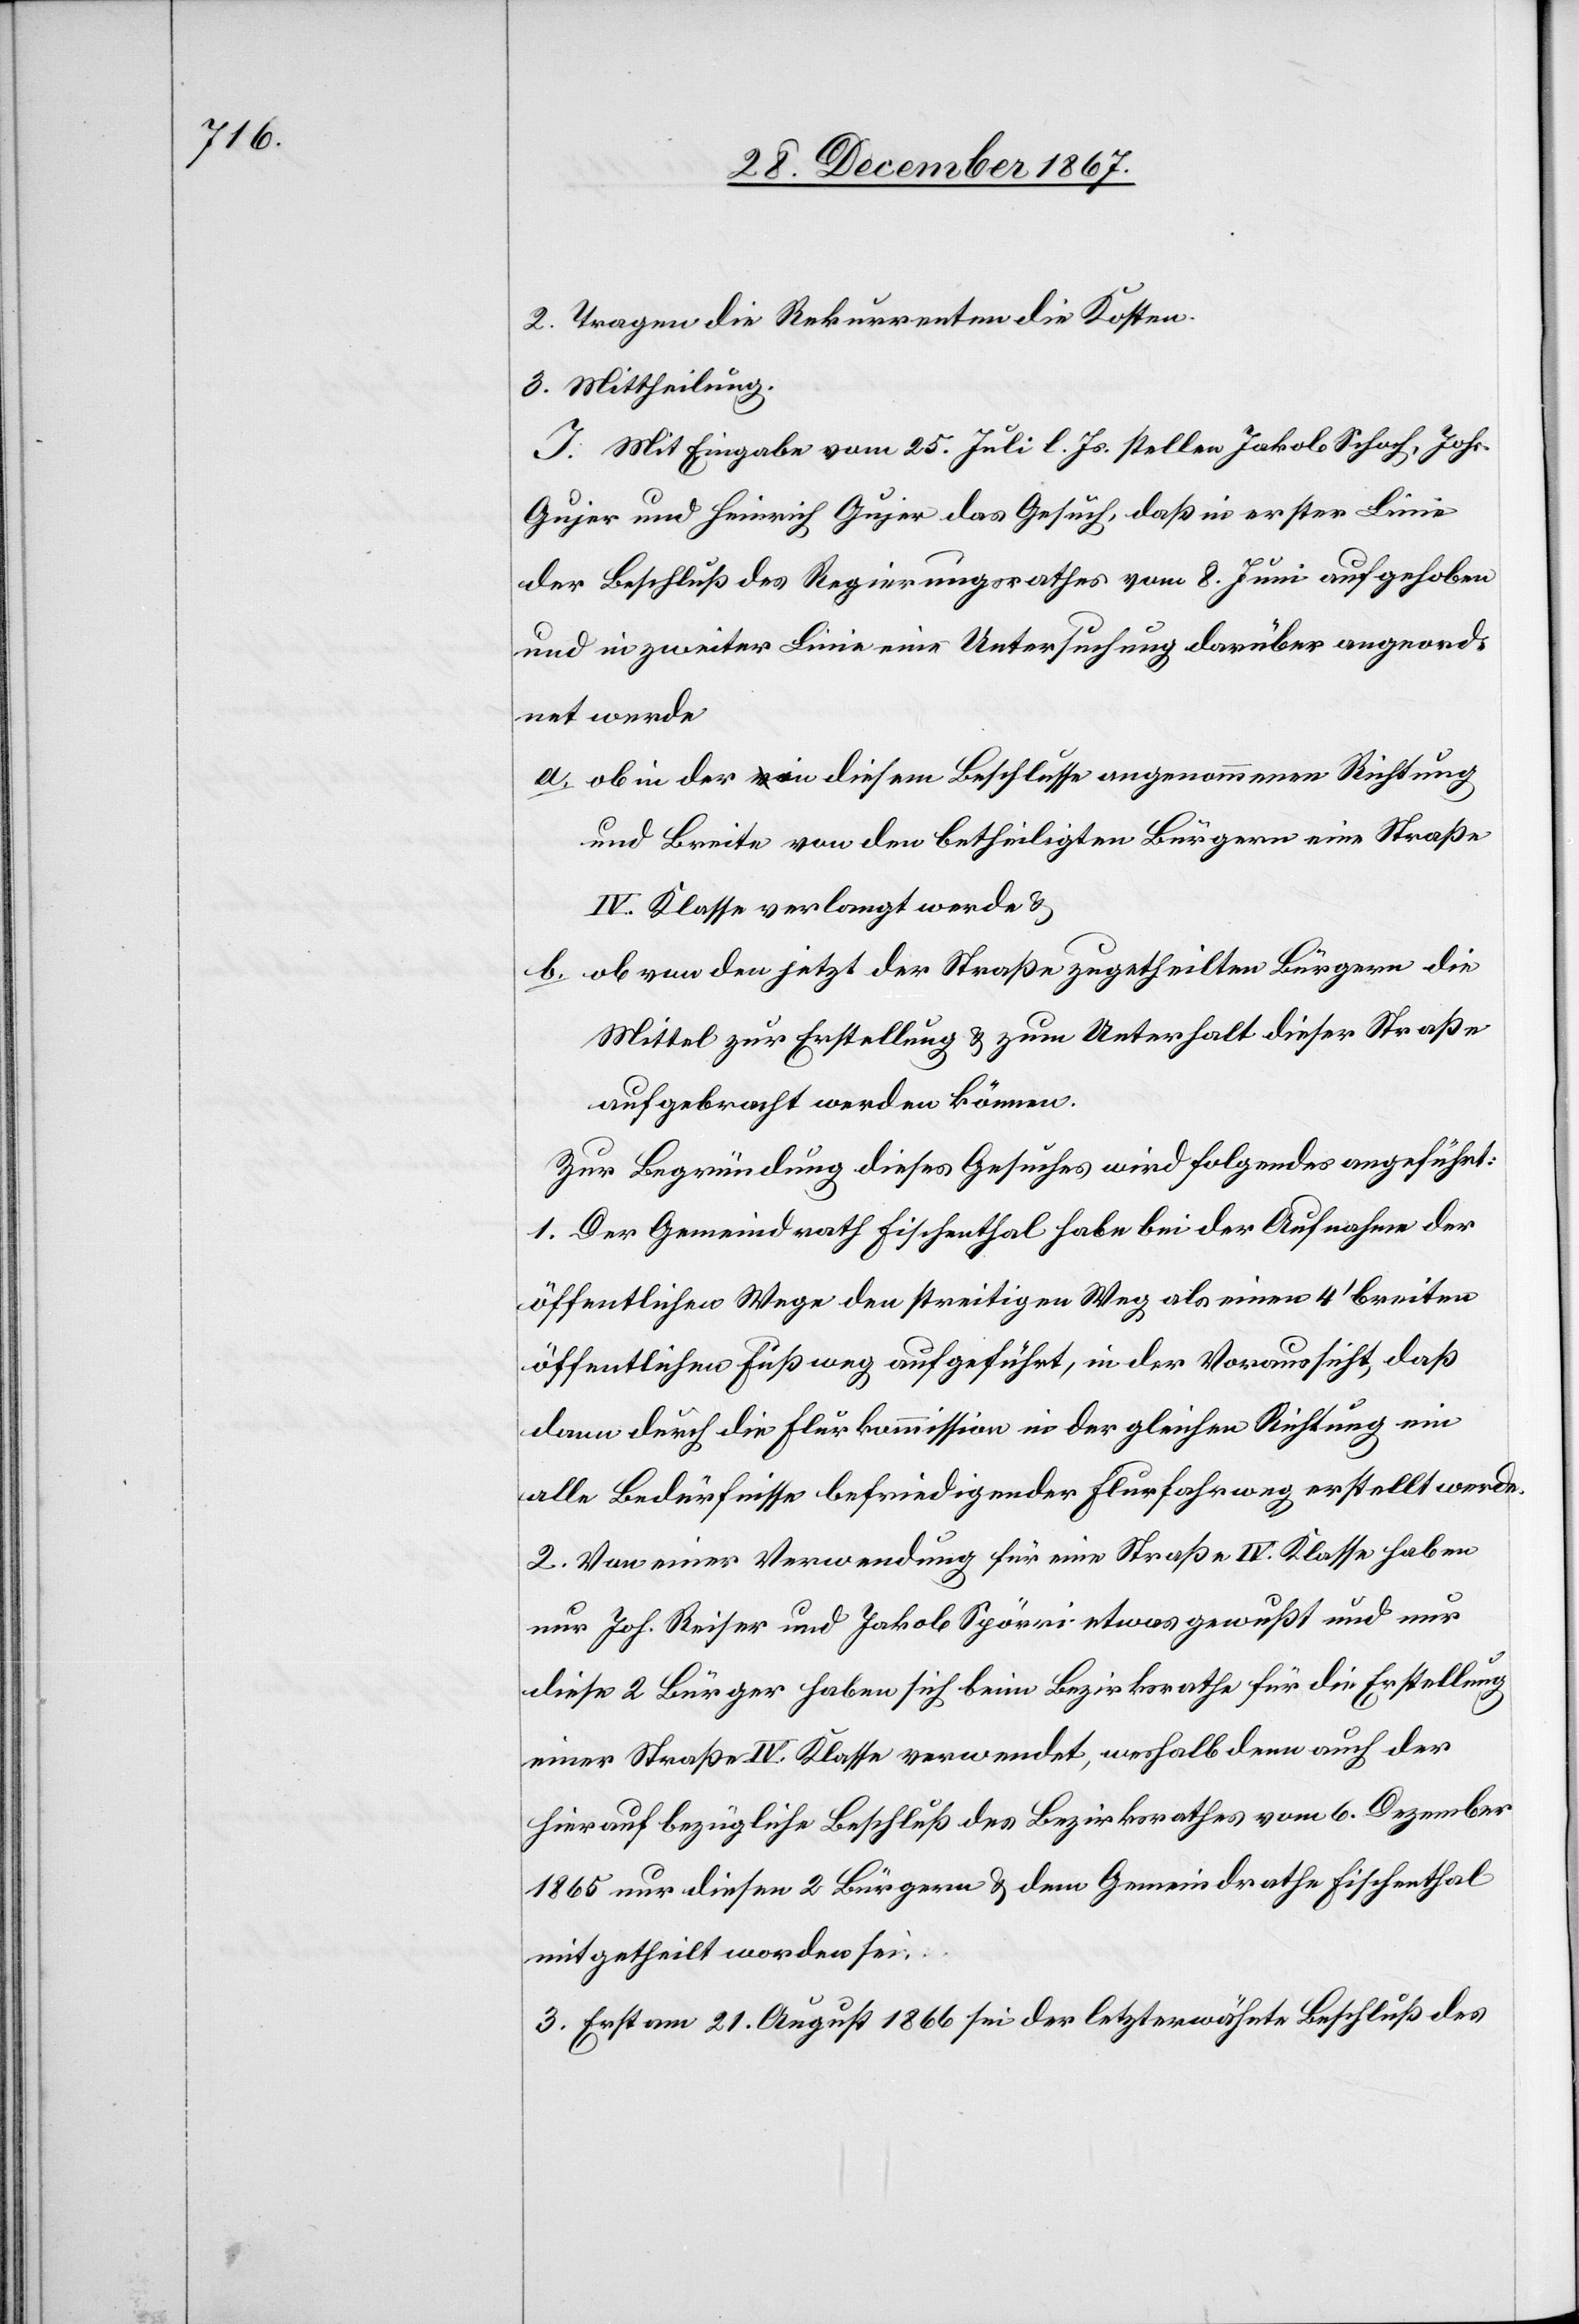
2. Tragen die Rekurrenten die Kosten.
3. Mittheilung.
I. Mit Eingabe vom 25. Juli l. Js. stellen Jakob Schoch, Johs.
Gujer und Heinrich Gujer das Gesuch, daß in erster Linie
der Beschluß des Regierungsrathes vom 8. Juni aufgehoben
und in zweiter Linie eine Untersuchung darüber angeord¬
net werde
a. ob in der in diesem Beschluss angenommenen Richtung
und Breite von den betheiligten Bürgern eine Straße
IV. Klasse verlangt werde u.
b. ob von den jetzt der Straße zugetheilten Bürgern die
Mittel zur Erstellung u. zum Unterhalt dieser Straße
aufgebracht werden können.
Zur Begründung dieses Gesuches wird folgendes angeführt:
1. Der Gemeindrath Fischenthal habe bei der Aufnahme der
öffentlichen Wege den streitigen Weg als einen 4‘ breiten
öffentlichen Fußweg aufgeführt, in der Voraussicht, daß
dann durch die Flurkommission in der gleichen Richtung ein
alle Bedürfnisse befriedigender Flurfahrweg erstellt werde.
2. Von einer Verwendung für eine Straße IV. Klasse haben
nur Joh. Reise und Jakob Spörri etwas gewußt und nur
diese 2 Bürger haben sich beim Bezirksrathe für die Erstellung
einer Straße IV. Klasse verwendet, weshalb denn auch der
hierauf bezügliche Beschluß des Bezirksrathes vom 6. Dezember
1865 nur diesen 2 Bürgern u. dem Gemeindrathe Fischenthal
mitgetheilt worden sei.
3. Erst am 21. August 1866 sei der letzterwähnte Beschluß des